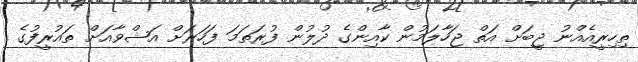
ތިހިރީއެއްނު ޖީބަށް އަތް ޖަހާލަމުން ކާއިންގެ ދުލުން ފުރަތަމަ ފަހަރަށް އަޝްވާއަށް ތައުރީފުގެ